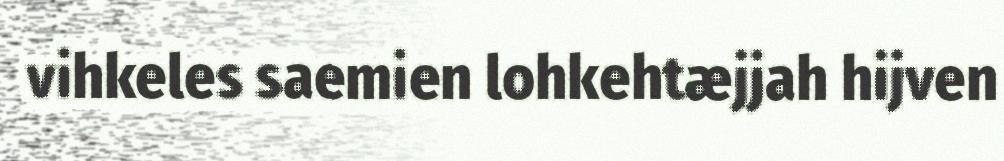
vihkeles saemien lohkehtæjjah hijven